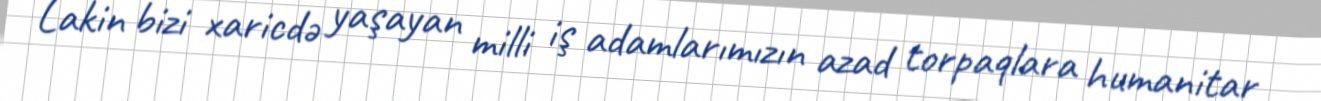
Lakin bizi xaricdə yaşayan milli iş adamlarımızın azad torpaqlara humanitar